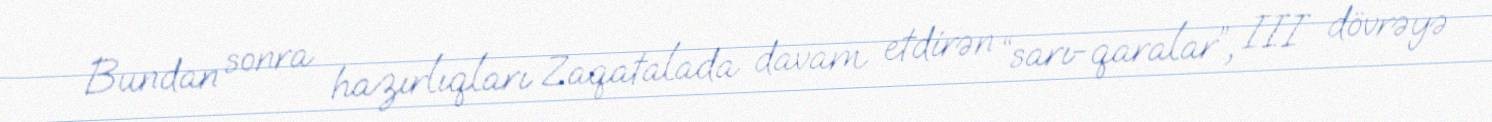
Bundan sonra hazırlıqları Zaqatalada davam etdirən “sarı-qaralar”, III dövrəyə